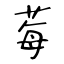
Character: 莓